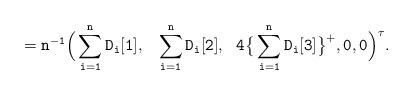
LaTeX: \begin{align*}\tt = n^{-1}\Big (\sum_{i=1}^n D_i[1],~~\sum_{i=1}^n D_i[2],~~4 \big \{ \sum_{i=1}^n D_i[3]\big \}^{+},0, 0\Big )^\tau.\end{align*}